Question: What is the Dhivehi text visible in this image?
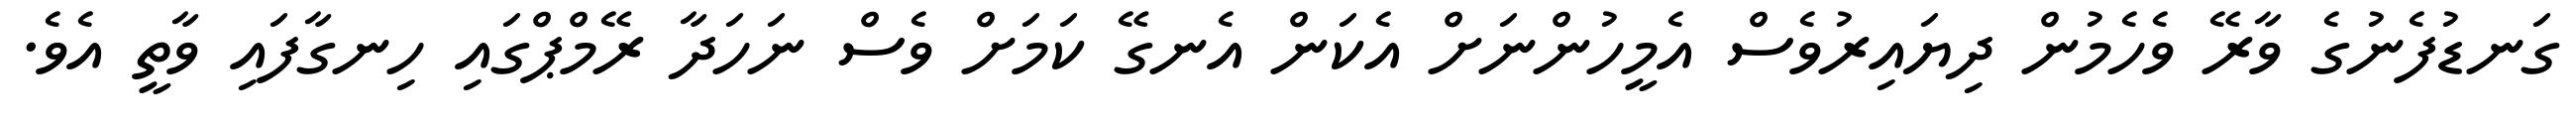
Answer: ގަނޑުފެނުގެ ވާރޭ ވެހެމުން ދިޔައިރުވެސް އެމީހުންނަށް އެކަން އެނގޭ ކަމަށް ވެސް ނަހަދާ ރޭމްޕްގައި ހިނގާފައި ވާތީ އެވެ.